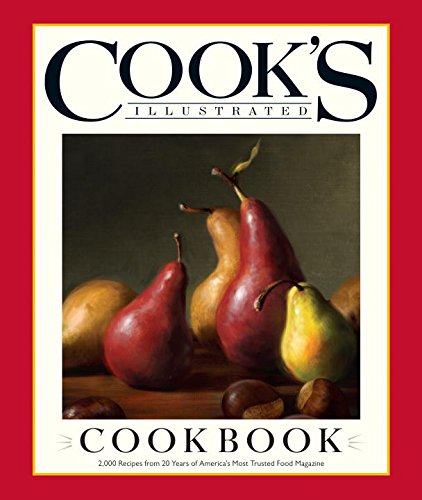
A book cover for The Cook's Illustrated Cookbook; Cookbooks, Food & Wine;